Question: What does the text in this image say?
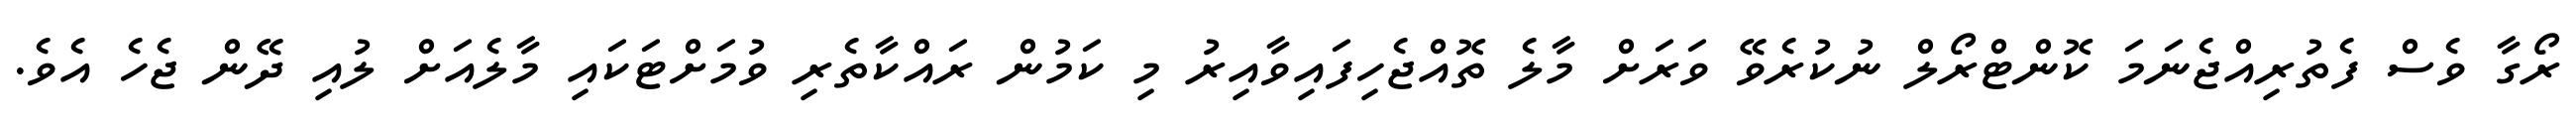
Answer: ރޯގާ ވެސް ފެތުރިއްޖެނަމަ ކޮންޓްރޯލް ނުކުރެވޭ ވަރަށް މާލެ ތޮއްޖެހިފައިވާއިރު މި ކަމުން ރައްކާތެރި ވުމަށްޓަކައި މާލެއަށް ލުއި ދޭން ޖެހެ އެވެ.